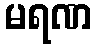
မရဏ